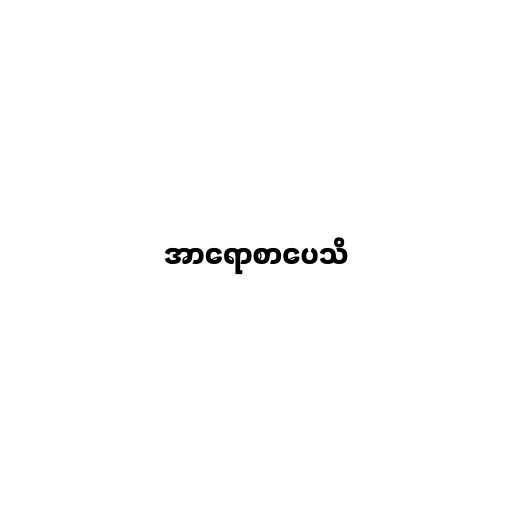
အာရောစာပေသိ